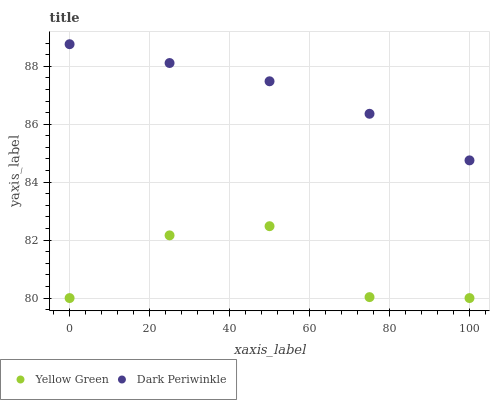
| xaxis_label | Yellow Green | Dark Periwinkle |
 | --- | --- | --- |
 | 0 | 80 | 88.8 |
 | 25 | 82.2 | 88.1 |
 | 50 | 82.5 | 87.5 |
 | 75 | 80 | 86.4 |
 | 100 | 80 | 84.8 |